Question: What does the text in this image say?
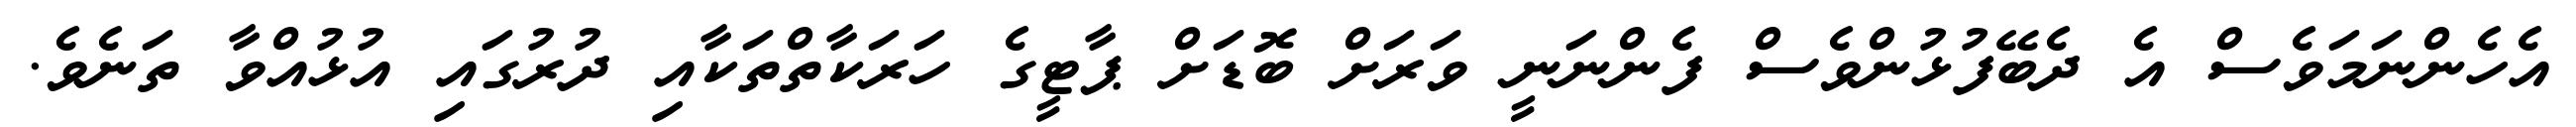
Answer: އެހެންނަމަވެސް އެ ދެބޭފުޅުންވެސް ފެންނަނީ ވަރަށް ބޮޑަށް ޕާޓީގެ ހަރަކާތްތަކާއި ދުރުގައި އުޅުއްވާ ތަނެވެ.